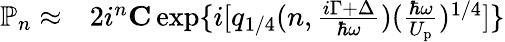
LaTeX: \begin{array}{rl}{\mathbb{P}_{n}\approx}&{{}2i^{n}{\mathbf C}\exp\{ i[q_{1/4}(n,\frac{i\Gamma+\Delta}{\hbar\omega})(\frac{\hbar\omega}{U_{\mathrm{p}}})^{1/4}]\} }\end{array}